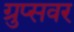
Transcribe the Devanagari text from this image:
ग्रुप्सवर